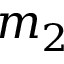
m _ { 2 }